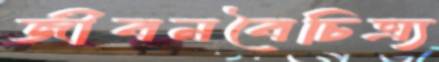
জীবনবৈচিত্র্য